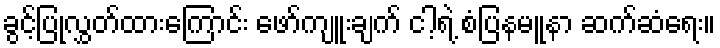
ခွင့်ပြုလွှတ်ထားကြောင်း ဖော်ကျူးချက် ငါ့ရဲ့ စံပြနမူနာ ဆက်ဆံရေး။